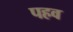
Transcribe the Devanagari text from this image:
पहव